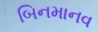
બિનમાનવ